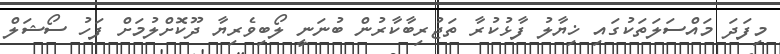
މިފަދަ މައްސަލަތަކުގައި ޚިޔާލު ފާޅުކުރާ ތަޖުރިބާކާރުން ބުނަނީ ލޯބިވެރިޔާ ދޫކޮށްލުމަށް ފަހު ސޯޝަލް